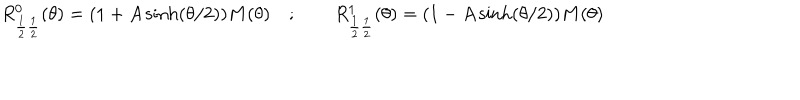
LaTeX: R _ { \frac { 1 } { 2 } \frac { 1 } { 2 } } ^ { 0 } ( \theta ) = ( 1 + A \sinh ( \theta / 2 ) ) M ( \theta ) \quad ; \qquad R _ { \frac { 1 } { 2 } \frac { 1 } { 2 } } ^ { 1 } ( \theta ) = ( 1 - A \sinh ( \theta / 2 ) ) M ( \theta )